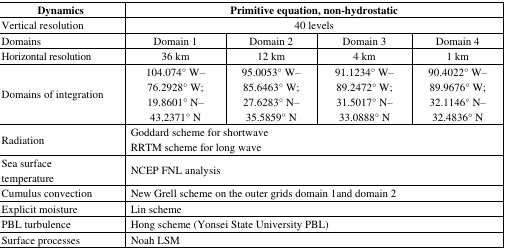
<table><thead><tr><td><b>Dynamics</b></td><td colspan="4"><b>Primitive equation, non-hydrostatic</b></td></tr></thead><tbody><tr><td>Vertical resolution</td><td colspan="4">40 levels</td></tr><tr><td>Domains</td><td>Domain 1</td><td>Domain 2</td><td>Domain 3</td><td>Domain 4</td></tr><tr><td>Horizontal resolution</td><td>36 km</td><td>12 km</td><td>4 km</td><td>1 km</td></tr><tr><td>Domains of integration</td><td>104.074° W–76.2928° W; 19.8601° N–43.2371° N</td><td>95.0053° W–85.6463° W; 27.6283° N–35.5859° N</td><td>91.1234° W–89.2472° W; 31.5017° N–33.0888° N</td><td>90.4022° W–89.9676° W; 32.1146° N–32.4836° N</td></tr><tr><td>Radiation</td><td colspan="4">Goddard scheme for shortwaveRRTM scheme for long wave</td></tr><tr><td>Sea surface temperature</td><td colspan="4">NCEP FNL analysis</td></tr><tr><td>Cumulus convection</td><td colspan="4">New Grell scheme on the outer grids domain 1and domain 2</td></tr><tr><td>Explicit moisture</td><td colspan="4">Lin scheme</td></tr><tr><td>PBL turbulence</td><td colspan="4">Hong scheme (Yonsei State University PBL)</td></tr><tr><td>Surface processes</td><td colspan="4">Noah LSM</td></tr></tbody></table>